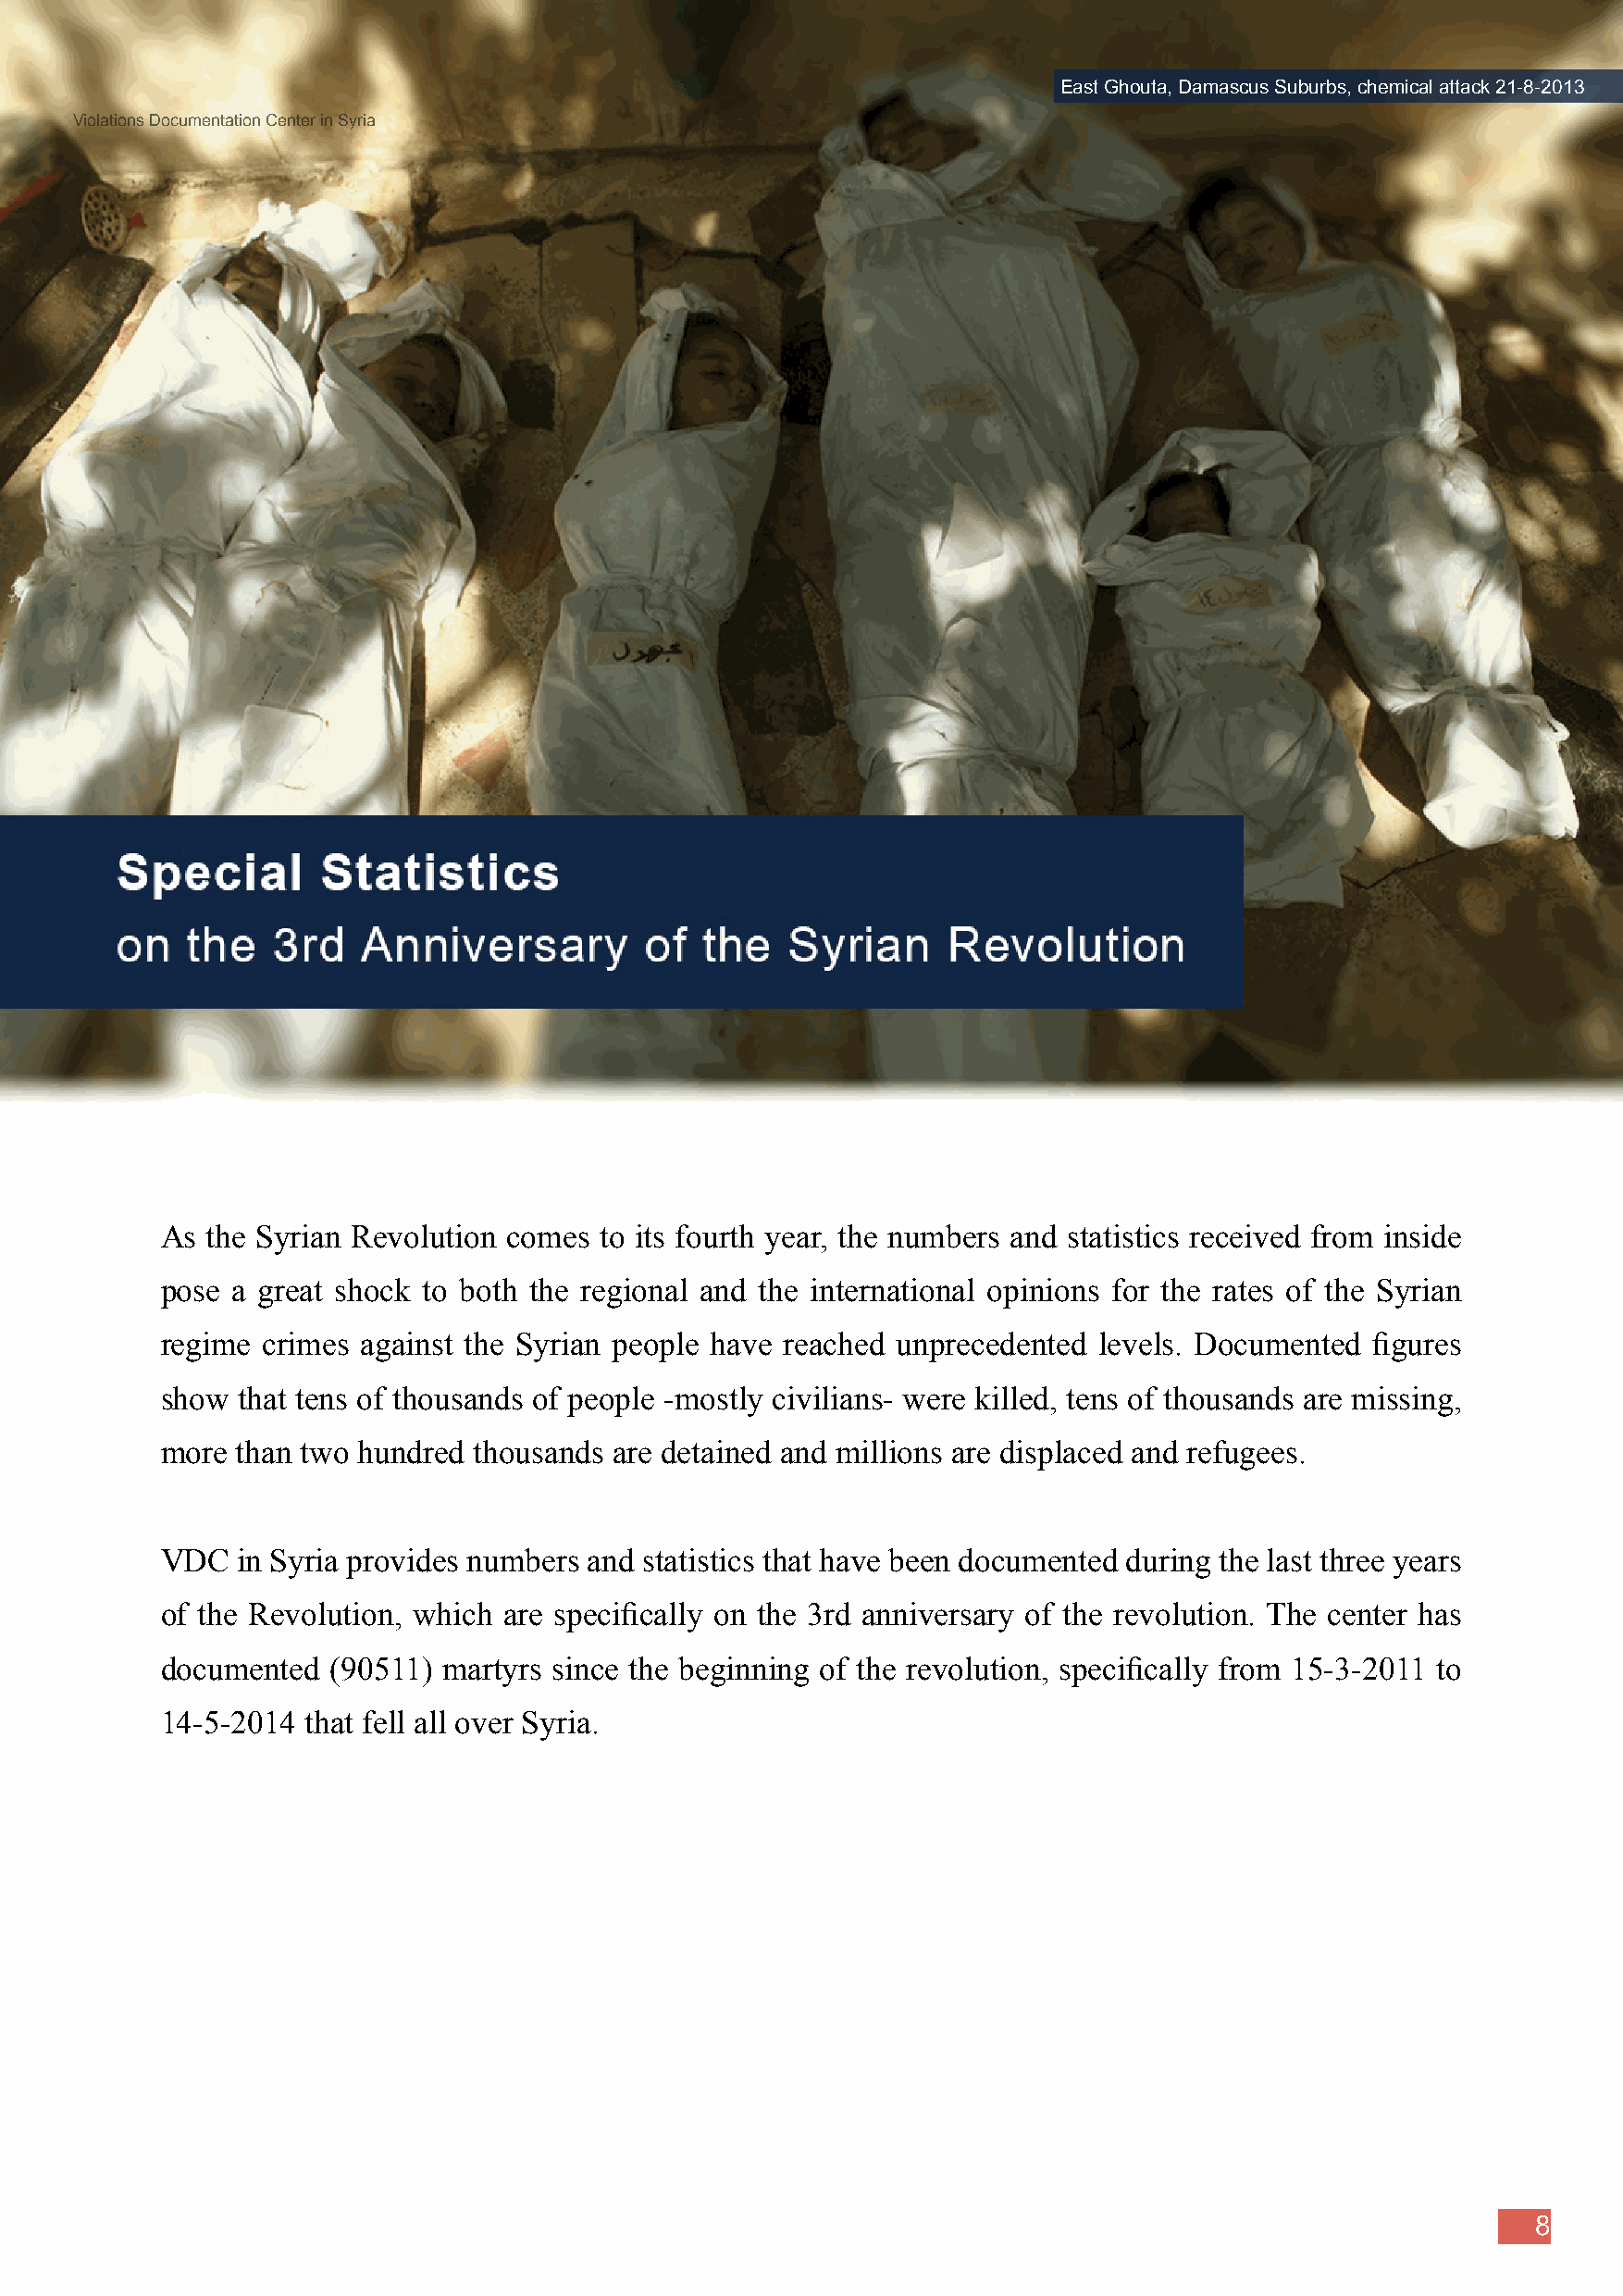
East Ghouta, Damascus Suburbs, chemical attack 21-8-2013
 Violations Documentation Center in Syria
 As  the Syrian Revolution comes to its fourth year, the numbers and statistics received from inside
 pose  a great shock to both the regional and the international opinions for the rates of the Syrian
 regime  crimes against the Syrian people have reached unprecedented levels. Documented figures
 show  that tens of thousands of people -mostly civilians- were killed, tens of thousands are missing,
 more  than two hundred thousands are detained and millions are displaced and refugees.
 VDC   in Syria provides numbers and statistics that have been documented during the last three years
 of the Revolution, which are specifically on the 3rd anniversary of the revolution. The center has
 documented   (90511) martyrs since the beginning of the revolution, specifically from 15-3-2011 to
 14-5-2014  that fell all over Syria.
 8
 www.vdc-sy.info editor@vdc-sy.info